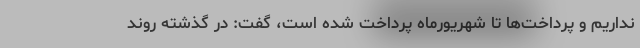
نداریم و پرداخت‌ها تا شهریورماه پرداخت شده است، گفت: در گذشته روند